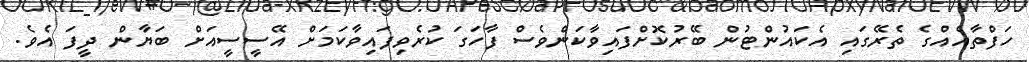
ހަފްތާއެއްގެ ތެރޭގައި އެކައުންޓުން ބޭރުކޮށްފައިވާކަންވެސް ފާހަގަ ކުރެވިފައިވާކަމަށް އޭސީސީއަށް ބަޔާން ދީފަ އެވެ.